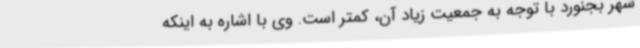
شهر بجنورد با توجه به جمعیت زیاد آن، کمتر است. وی با اشاره به اینکه